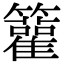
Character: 𥷬